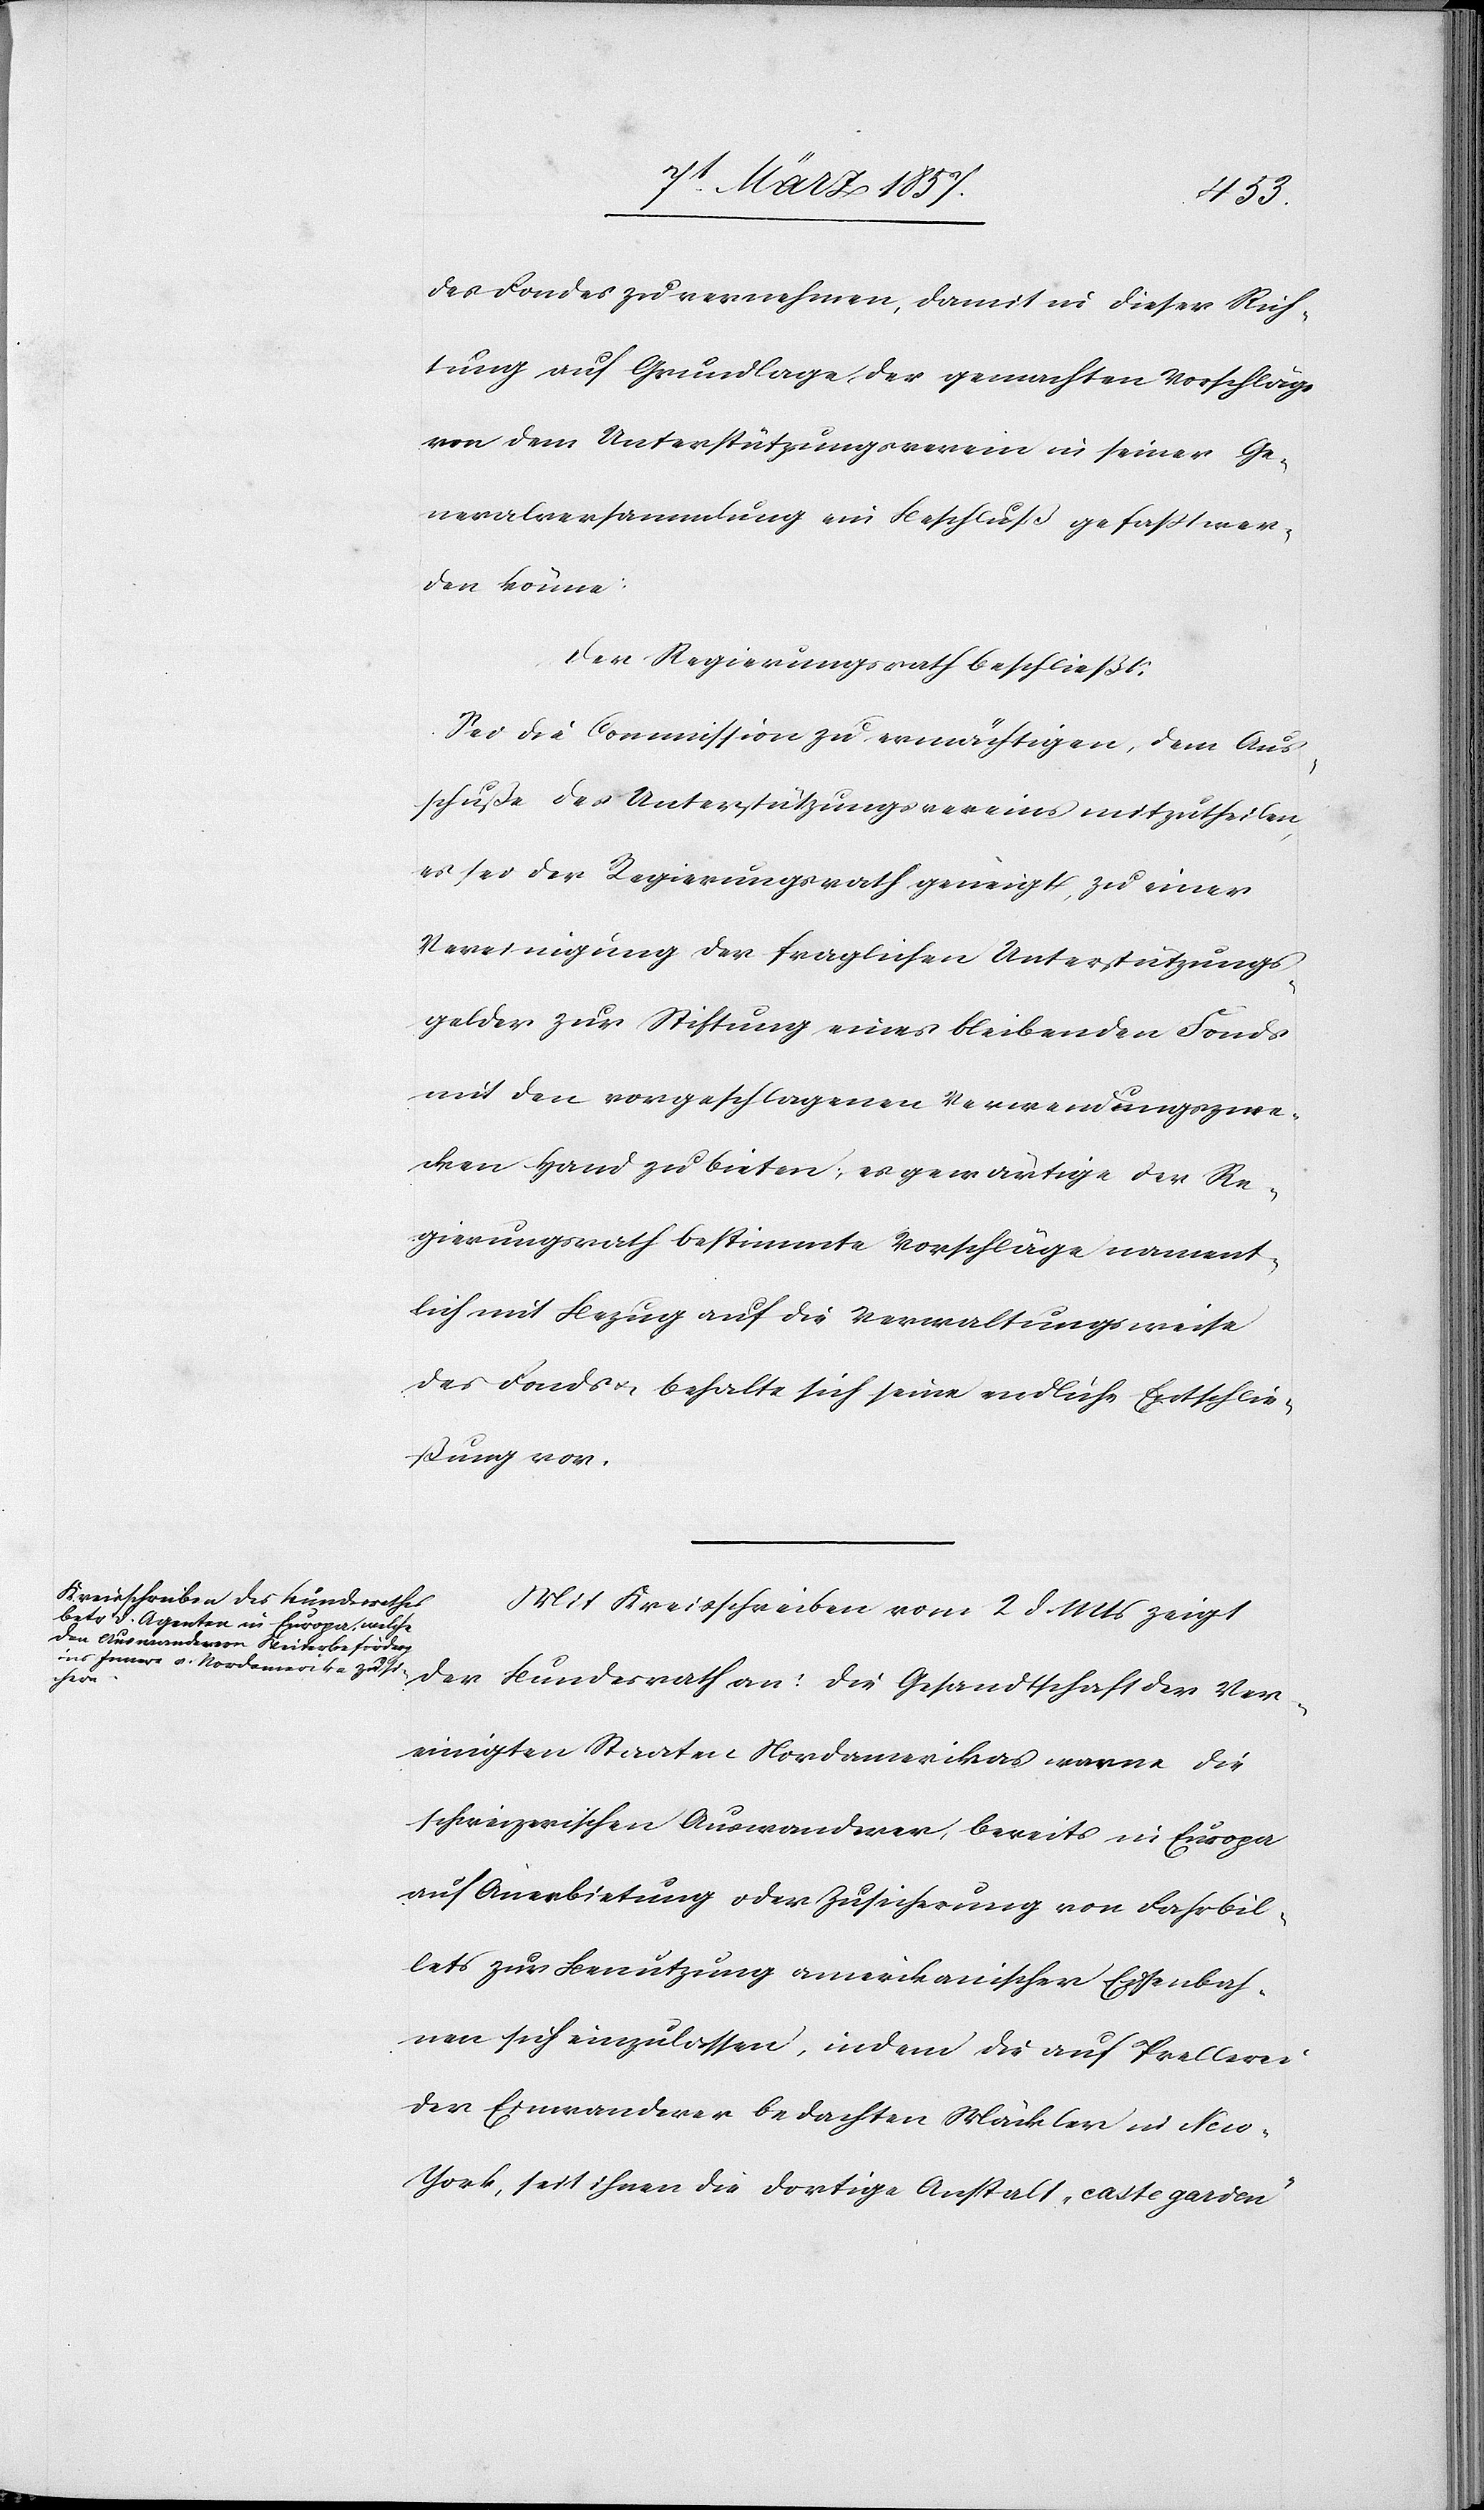
des Fondes zu vernehmen, damit in dieser Rich¬
tung auf Grundlage der gemachten Vorschläge
von dem Unterstützungsverein in seiner Ge¬
neralversammlung ein Beschluß gefaßt wer¬
den könne.
Der Regierungsrath beschließt:
Sei die Commission zu ermächtigen, dem Aus¬
schuße des Unterstützungsvereins mitzutheilen,
es sei der Regierungsrath geneigt, zu einer
Vereinigung der fraglichen Unterstützungs¬
gelder zur Stiftung eines bleibenden Fonds
mit den vorgeschlagenen Verwendungszwe¬
cken Hand zu bieten, es gewärtige der Re¬
gierungsrath bestimmte Vorschläge nament¬
lich mit Bezug auf die Verwaltungsweise
des Fonds u. behalte sich seine endliche Entschlie¬
ßung vor.
Mit Kreisschreiben vom 2 d. Mts zeigt
Ver¬
einigten Staaten Nordamerikas warne die
schweizerischen Auswanderer, bereits in Europa
auf Anerbietung oder Zusicherung von Fahrbil¬
lets zur Benutzung amerikanischer Eisenbah¬
nen sich einzulassen, indem die auf Prellerei
der Einwanderer bedachten Mäckler in Ne¬
w-York, seit ihnen die dortige Anstalt, „caste garden“